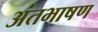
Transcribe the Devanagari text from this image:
अंतभाषण